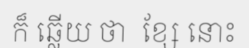
ក៏ ឆ្លើយ ថា  ខ្សែ នោះ